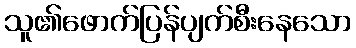
သူ၏ဖောက်ပြန်ပျက်စီးနေသော